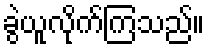
ခွဲယူလိုက်ကြသည်။